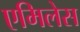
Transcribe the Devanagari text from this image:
एमिलेस